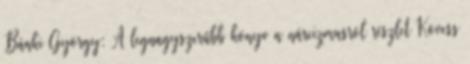
Bánki György: A legnagyszerűbb könyv a nárcizmusról részlet Kövess